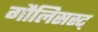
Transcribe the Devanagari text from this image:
गौलिसस्ट्